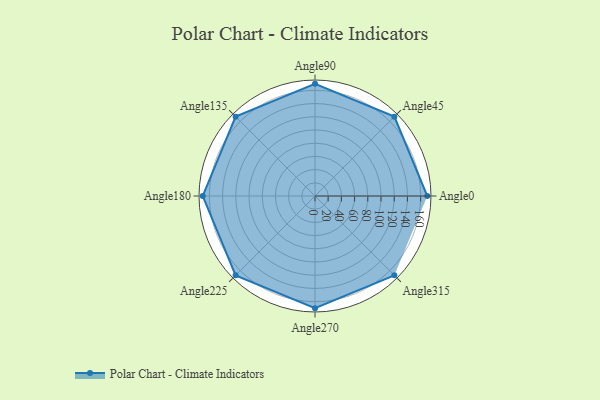
{"axis": {"x": "Angle", "y": "Radius"}, "legend": [""], "data": [{"x": "Angle0", "y": 170, "type": ""}, {"x": "Angle45", "y": 170, "type": ""}, {"x": "Angle90", "y": 170, "type": ""}, {"x": "Angle135", "y": 170, "type": ""}, {"x": "Angle180", "y": 170, "type": ""}, {"x": "Angle225", "y": 170, "type": ""}, {"x": "Angle270", "y": 170, "type": ""}, {"x": "Angle315", "y": 170, "type": ""}]}